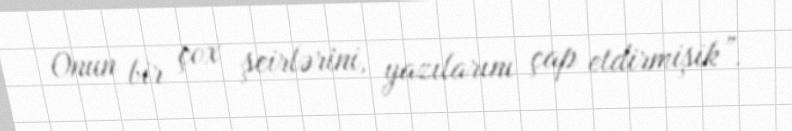
Onun bir çox şeirlərini, yazılarını çap etdirmişik”.